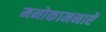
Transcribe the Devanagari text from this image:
मनोकामनाऐं